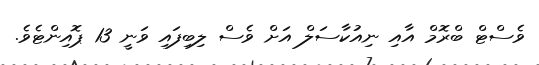
ވެސްޓް ބްރޮމް އާއި ނިއުކާސަލް އަށް ވެސް ލިބިފައި ވަނީ 13 ޕޮއިންޓެވެ.